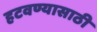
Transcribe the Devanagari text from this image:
हटवण्यासाठी